Report on vaccination in Madras 1877-1894 - 1877-1894
Year: 1877
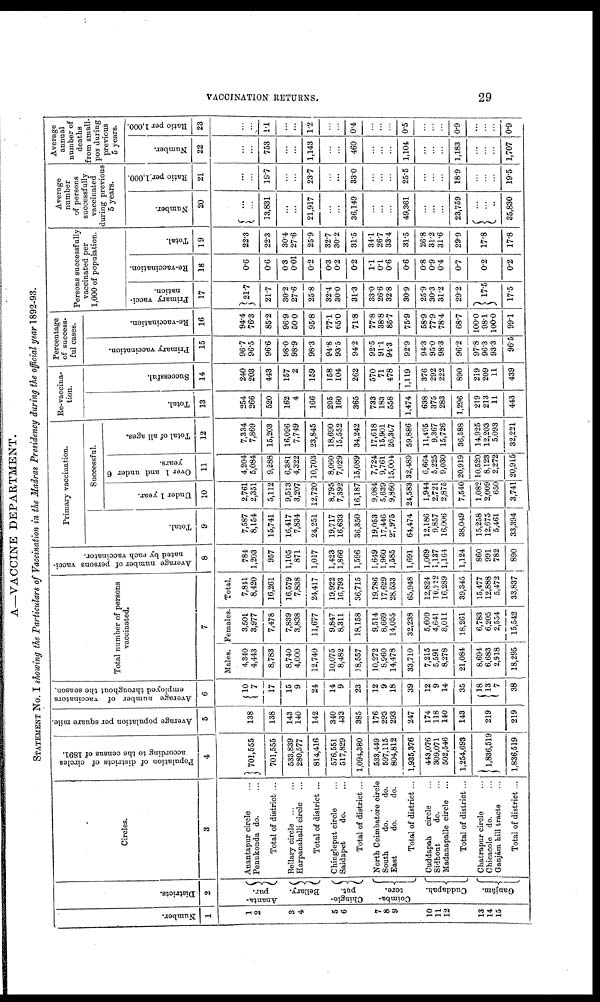
VACCINATION RETURNS.
29
A—VACCINE DEPARTMENT.
STATEMENT No. I showing the Particulars of Vaccination in the Madras Presidency during the official year 1892-93.
Number.
1
1
2
3
4
5
6
7
8
9
10
11
12
13
14
15
Districts.
2
Ananta-
pur.
Bellary.
Chingle-
put.
Coimba-
tore.
Cuddapah.
Ganjám.
Circles.
3
Anantapur circle ...
Penukonda do. ...
Total of district ...
Bellary circle ... ...
Harpanahalli circle ...
Total of district ...
Chingleput circle ...
Saidapet
do. ...
Total of district ...
North Coimbatore circle
South.
do.
do.
East
do.
do.
Total of district ...
Cuddapah circle ...
Sidhout
do. ...
Madanapalle circle
Total of district ...
Chatrapur circle
Chicacole do. ...
Ganjám hill tracts ...
Total of district ...
Population of districts of circles
according to the census of 1891.
4
701,555
701,555
533,839
280,577
814,416
576,551
517,829
1,094,380
533,449
597,115
804,812
1,935,376
443,076
309,071
502,546
1,254,693
1,836,519
1,836,519
Average population per square mile
5
138
138
143
140
142
340
433
385
176
293
293
247
174
118
140
143
219
219
A verage number of vaccinators
employed throughout the season.
6
10 7
17
15
9
24
14
9
23
12
9
18
39
12
9
14
35
18
13
7
38
Total number of persons
vaccinated.
7
Males.
4,340
4,443
8,783
8,740
4,000
12,740
10,075
8,482
18,557
10,272
8,960
14,478
33,710
7,215
5,591
8,278
21,084
8,694
6,683
2,918
18,295
Females.
3,501
3,977
7,478
7,839
3,838
11,677
9,847
8,311
18,158
9,514
8,669
14,055
32,238
5,609
4,641
8,011
18,261
6,783
6,205
2,554
15,542
Total.
7,811
8,420
16,261
16,579
7,838
24,417
19,922
16,793
36,715
19,786
17,629
28,533
65,948
12,824
10,232
16,289
39,345
15,477
12,888
5,472
33,837
Average number of persons vacci-
nated by each vaccinator.
8
784
1,203
957
1,105
871
1,017
1,423
1,866
1,596
1,649
1,960
1,585
1,691
1,069
1,137
1,164
1,124
860
991
782
890
Primary vaccination.
Total.
9
7,587
8,154
15,741
16,417
7,834
24,251
19,717
16,633
36,350
19,053
17,446
27,975
64,474
12,186
9,857
16,006
38,049
15,258
12,675
5,461
33,394
Successful.
Under 1 year.
10
2,761
2,351
5,112
9,513
3,207
12,720
8,795
7,392
16,187
9,084
5,639
9,860
24,583
1,944
2,721
2,875
7,540
1,082
2,009
650
3,741
Over 1 and under 6
years.
11
4,204
5,084
9,288
6,381
4,322
10,703
8,060
7,029
15,089
7,724
9,761
15,004
32,489
6,664
5,225
9,030
20,919
10,520
8,123
2,272
20,915
Total of all ages.
12
7,334
7,869
15,203
16,096
7,749
23,845
18,690
15,552
34,242
17,618
15,901
26,367
59,886
11,495
9,367
15,726
36,588
14,925
12,203
5,093
32,221
Re-vaccina-
tion.
Total.
13
254
266
520
162
4
166
205
160
365
733
183
558
1,474
638
375
283
1,296
219
213
11
443
Successful.
14
240
203
443
157
2
159
158
104
262
570
71
478
1,119
376
292
222
890
219
209
11
439
Percentage
of success-
ful cases.
Primary vaccination.
15
96.7
96.5
96.6
98.0
98.9
98.3
94.8
93.5
94.2
92.5
91.1
94.3
92.9
94.3
95.0
98.3
96.2
97.8
96.3
93.3
96.5
Re-vaccination.
16
94.4
76.3
85.2
96.9
50.0
95.8
77.1
65.0
71.8
77.8
38.8
85.7
75.9
58.9
77.9
78.4
68.7
100.0
98.1
100.0
99.1
Persons successfully
vaccinated per
1,000 of population.
Primary vacci-
nation.
17
21.7
21.7
30.2
27.6
25.8
32..4
30.0
31.3
33.0
26.6
32.8
30.9
25 9
30.3
31.2
29.2
17.5
17.5
Re-vaccination.
18
0.6
0.6
0.3
0.01
0.2
0.3
0.2
0.2
1.1
0.1
0.6
0.6
0.8
0.9
0.4
0.7
0.2
0.2
Total.
19
22.3
22.3
30.4
27.6
25.9
32.7
30.2
31.5
34.1
26.7
33.4
31.5
26.8
31.2
31.6
29.9
17.8
17.8
Average
number
of persons
successfully
vaccinated
during previous
5 years.
Number.
20
...
...
13,831
...
...
21,917
...
...
36,149
...
...
...
49,361
...
...
...
23,759
...
...
...
35,830
Ratio per.1,000.
21
...
...
19.7
...
...
23.7
...
...
33.0
...
...
...
25.5
...
...
...
18.9
...
...
...
19.5
Average
annual
number of
deaths
from small-
pox during
previous
5 years.
Number.
22
...
...
753
...
...
1,143
...
...
460
...
...
...
1,104
...
...
...
1,183
...
...
...
1,707
Ratio per 1,000.
23
...
...
11
...
...
1.2
...
...
0.4
...
...
...
0.5
...
...
...
0.9
...
...
...
0.9